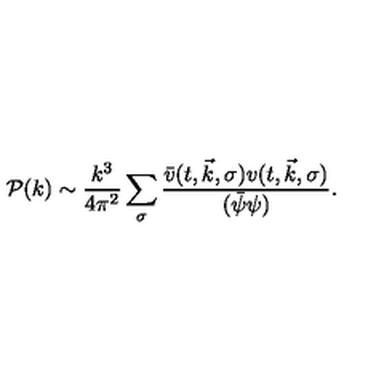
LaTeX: \mathcal { P } ( k ) \sim \frac { k ^ { 3 } } { 4 \pi ^ { 2 } } \sum _ { \sigma } \frac { \bar { v } ( t , \vec { k } , \sigma ) v ( t , \vec { k } , \sigma ) } { ( \bar { \psi } \psi ) } .